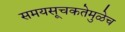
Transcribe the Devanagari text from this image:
समयसूचकतेमुळेच